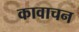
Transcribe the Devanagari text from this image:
कावाचन